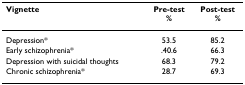
<table><thead><tr><td><b>Vignette</b></td><td><b>Pre-test%</b></td><td><b>Post-test%</b></td></tr></thead><tbody><tr><td>Depression*</td><td>53.5</td><td>85.2</td></tr><tr><td>Early schizophrenia*</td><td>.40.6</td><td>66.3</td></tr><tr><td>Depression with suicidal thoughts</td><td>68.3</td><td>79.2</td></tr><tr><td>Chronic schizophrenia*</td><td>28.7</td><td>69.3</td></tr></tbody></table>